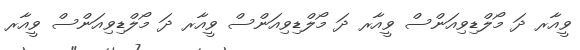
ވީއާރ ދަ މޯލްޑިވިއަންސް ވީއާރ ދަ މޯލްޑިވިއަންސް ވީއާރ ދަ މޯލްޑިވިއަންސް ވީއާރ